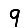
Digit: 9